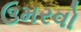
ઉમરવો